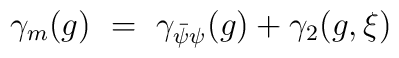
\gamma_m(g) ~=~ \gamma_{\bar{\psi}\psi}(g) + \gamma_2(g,\xi)